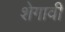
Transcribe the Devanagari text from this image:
शेगावी